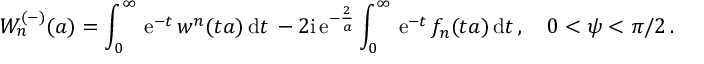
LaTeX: W _ { n } ^ { ( - ) } ( a ) = \int _ { 0 } ^ { \infty } \, \mathrm { e } ^ { - t } \, w ^ { n } ( t a ) \, \mathrm { d } t \, - { 2 \mathrm { i } } \, \mathrm { e } ^ { - { \frac { 2 } { a } } } \int _ { 0 } ^ { \infty } \, \mathrm { e } ^ { - t } \, f _ { n } ( t a ) \, \mathrm { d } t \, , \quad 0 < \psi < \pi / 2 \, .